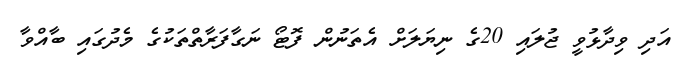
އަދި ވިދާޅުވީ ޖުލައި 20ގެ ނިޔަލަށް އެތަނުން ފޮޓޯ ނަގާފަރާތްތަކުގެ މެދުގައި ބާއްވާ